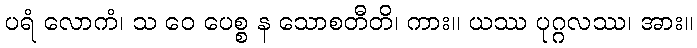
ပရံ လောကံ၊ သ ဝေ ပေစ္စ န သောစတီတိ၊ ကား။ ယဿ ပုဂ္ဂလဿ၊ အား။